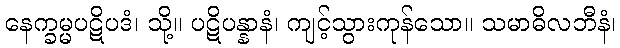
နေက္ခမ္မပဋိပဒံ၊ သို့။ ပဋိပန္နာနံ၊ ကျင့်သွားကုန်သော။ သမာဓိလဘီနံ၊